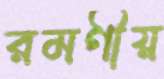
রমণীয়